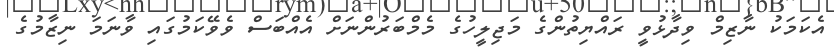
އެކަމަކު ނާޒިމް ވިދާޅުވީ ރައްޔިތުންގެ މަޖިލީހުގެ މެމްބަރުންނަށް އެއްބަސް ވެވޭކަމުގައި ވާނަމަ ނިޒާމުގެ